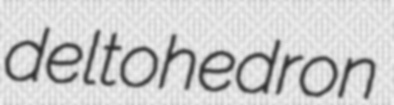
deltohedron